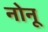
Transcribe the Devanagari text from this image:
नोनू